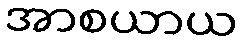
အာစယာယ